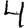
Digit: 4